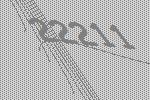
22211